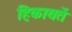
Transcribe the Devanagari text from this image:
हिकायतें